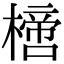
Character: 𣚌